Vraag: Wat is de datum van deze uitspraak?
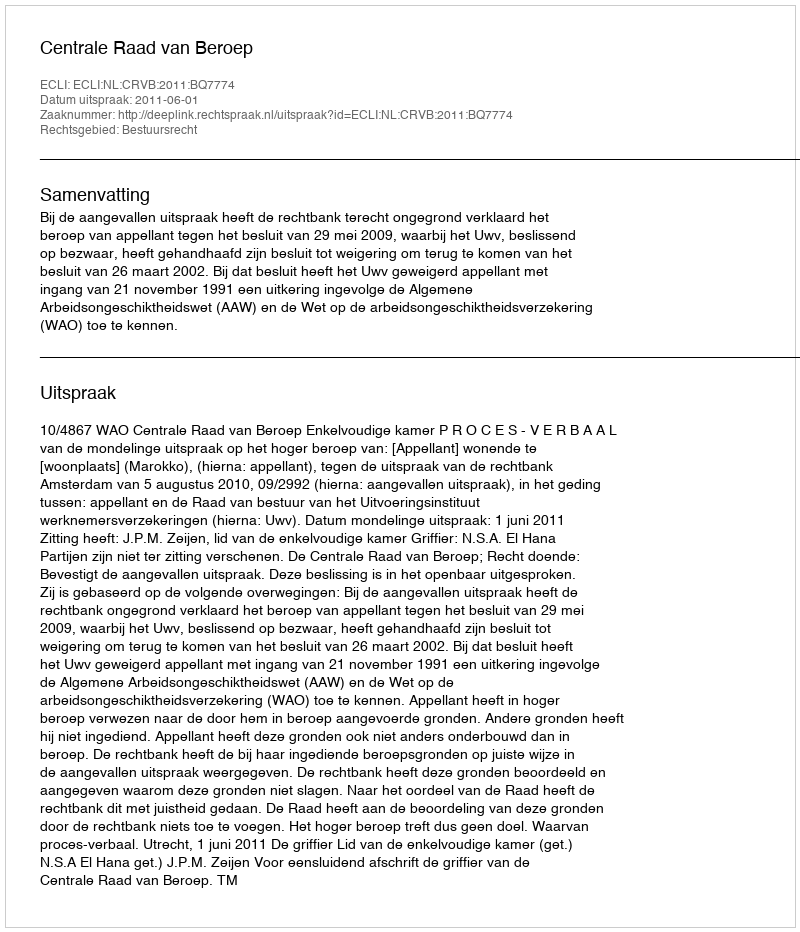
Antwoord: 2011-06-01